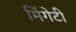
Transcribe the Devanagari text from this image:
मिंगेटी